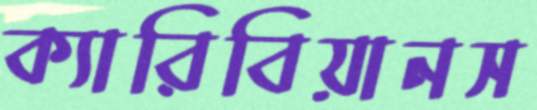
ক্যারিবিয়ানস